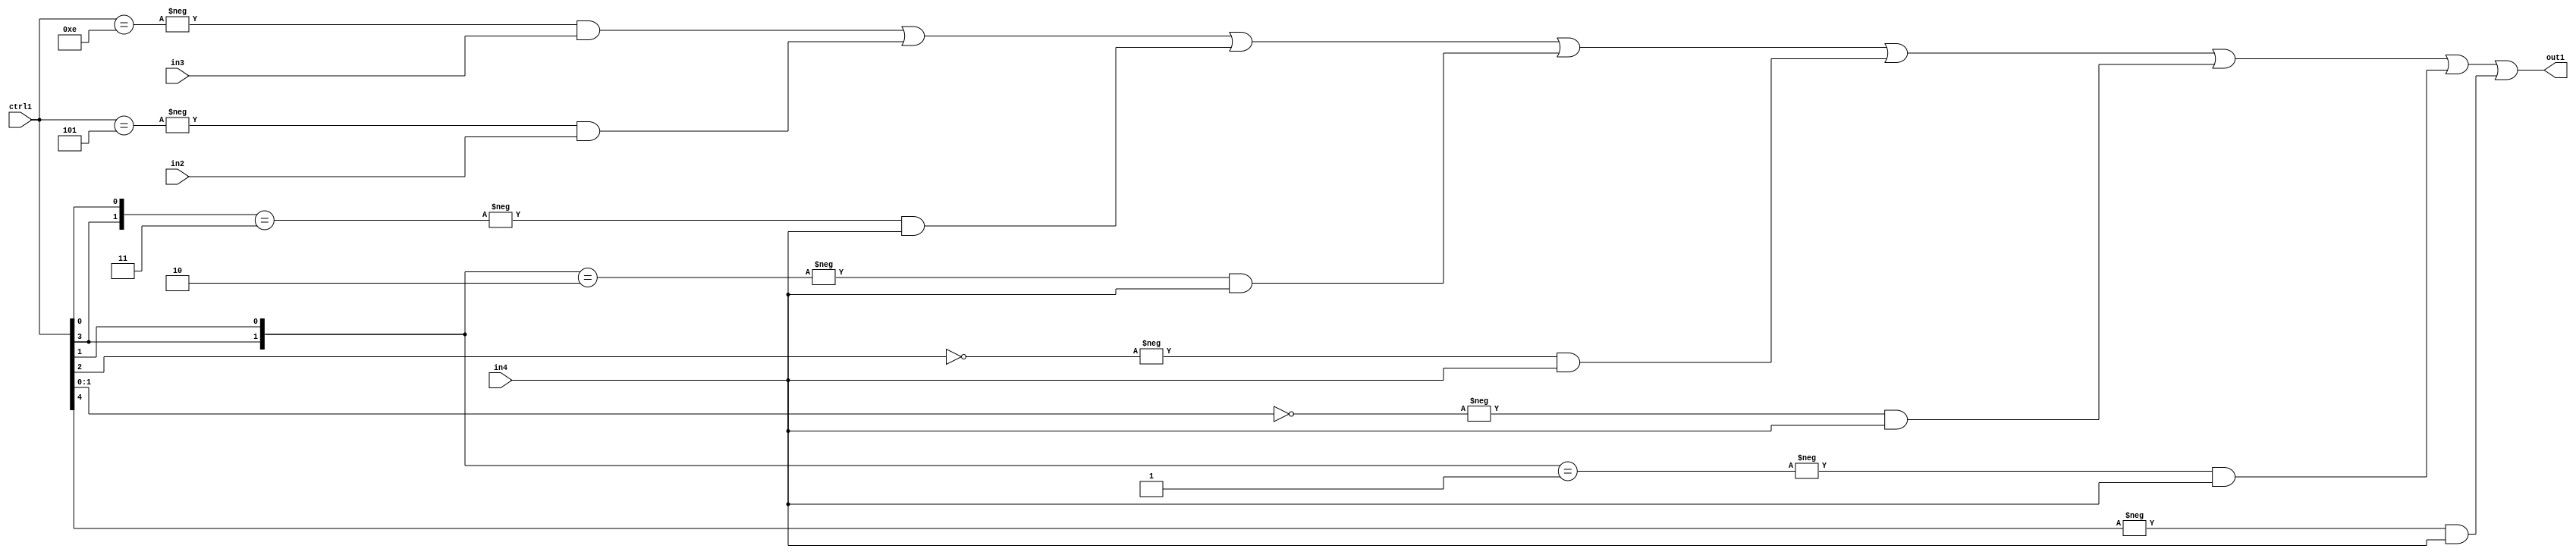
`timescale 1ps / 1ps
/*****************************************************************************
    Verilog RTL Description
    
    
    Created by: Stratus DpOpt 21.05.01 
*******************************************************************************/

module SobelFilter_N_Mux_20_3_17_1 (
	in4,
	in3,
	in2,
	ctrl1,
	out1
	); /* architecture "behavioural" */ 
input [19:0] in4,
	in3,
	in2;
input [4:0] ctrl1;
output [19:0] out1;
wire [19:0] asc001;

assign asc001 = 
	-{ctrl1 == 5'B01110} & in3 |
	-{ctrl1 == 5'B00101} & in2 |
	-{{ctrl1[3], ctrl1[0]} == 2'B11} & in4 |
	-{{ctrl1[3], ctrl1[1]} == 2'B10} & in4 |
	-{ctrl1[2] == 1'B0} & in4 |
	-{ctrl1[1:0] == 2'B00} & in4 |
	-{{ctrl1[3], ctrl1[1]} == 2'B01} & in4 |
	-{ctrl1[4] == 1'B1} & in4 ;

assign out1 = asc001;
endmodule

/* CADENCE  vrD1Tgg= : u9/ySxbfrwZIxEzHVQQV8Q== ** DO NOT EDIT THIS LINE ******/